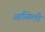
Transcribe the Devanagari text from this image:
आळिली